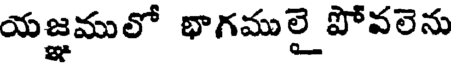
యజ్ఞములో భాగములై పోవలెను